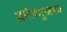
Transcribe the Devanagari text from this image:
क्रोधमुखश्च